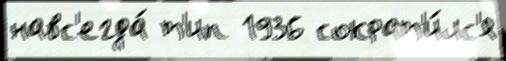
навс'егда́ т'ип 1936 сократ'и́лс'я